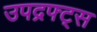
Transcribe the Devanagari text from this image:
उपद्रफ्ट्स